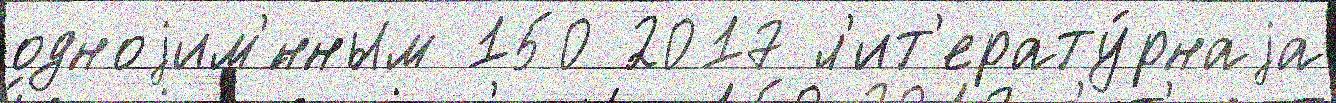
одноjим'́нным 150 2017 л'ит'ерату́рнаjа